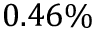
0 . 4 6 \%